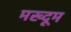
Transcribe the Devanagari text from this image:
मख्दूम